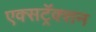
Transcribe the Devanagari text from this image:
एक्सट्रॅक्शन